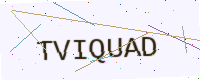
Text: TVIQUAD